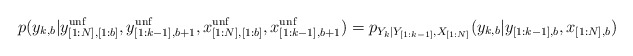
\begin{align*}p(y_{k,b}|y_{[1:N],[1:b]}^{\mathrm{unf}},y_{[1:k-1],b+1}^{\mathrm{unf}},x_{[1:N],[1:b]}^{\mathrm{unf}},x_{[1:k-1],b+1}^{\mathrm{unf}})=p_{Y_k|Y_{[1:k-1]},X_{[1:N]}}(y_{k,b}|y_{[1:k-1],b},x_{[1:N],b})\end{align*}